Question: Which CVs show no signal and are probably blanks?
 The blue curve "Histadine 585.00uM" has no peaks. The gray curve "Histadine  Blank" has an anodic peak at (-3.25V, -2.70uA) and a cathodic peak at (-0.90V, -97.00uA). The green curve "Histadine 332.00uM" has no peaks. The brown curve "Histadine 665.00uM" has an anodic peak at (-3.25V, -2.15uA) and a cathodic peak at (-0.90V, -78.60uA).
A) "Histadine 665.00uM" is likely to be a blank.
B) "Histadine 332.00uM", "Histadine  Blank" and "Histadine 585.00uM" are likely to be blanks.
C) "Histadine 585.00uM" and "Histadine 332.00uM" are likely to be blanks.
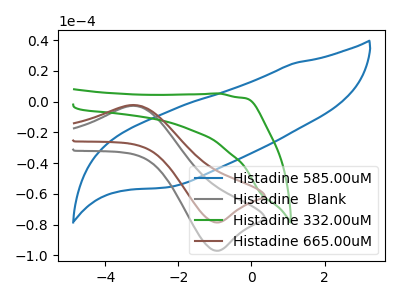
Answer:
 <answer>C) "Histadine 585.00uM" and "Histadine 332.00uM" are likely to be blanks.</answer>
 <eval>C</eval>